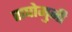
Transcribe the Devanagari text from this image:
राघोमुनी